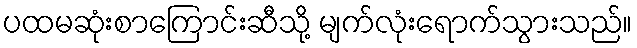
ပထမဆုံးစာကြောင်းဆီသို့ မျက်လုံးရောက်သွားသည်။